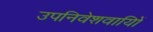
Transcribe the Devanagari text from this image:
उपनिवेशवायिों